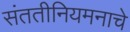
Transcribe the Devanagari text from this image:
संततीनियमनाचे